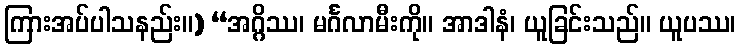
ကြားအပ်ပါသနည်း။) “အဂ္ဂိဿ၊ မင်္ဂလာမီးကို။ အာဒါနံ၊ ယူခြင်းသည်။ ယူပဿ၊